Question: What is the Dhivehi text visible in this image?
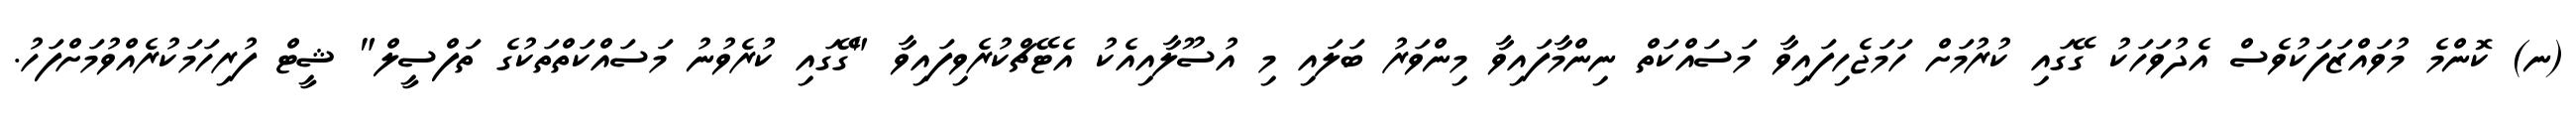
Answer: (ނ) ކޮންމެ މުވައްޒަފަކުވެސް އެދުވަހަކު ގޭގައި ކުރުމަށް ހަމަޖެހިފައިވާ މަސައްކަތް ނިންމާފައިވާ މިންވަރު ބަލައި މި އުސޫލާއިއެކު އެޓޭޗްކުރެވިފައިވާ "ގޭގައި ކުރެވުނު މަސައްކަތްތަކުގެ ތަފްސީލް" ޝީޓް ފުރިހަމަކުރެއްވުމަށްފަހު.